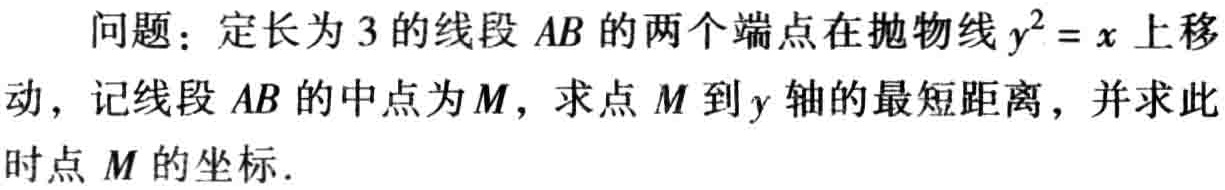
问题：定长为3的线段 \(AB\) 的两个端点在抛物线 \(y^{2}=x\) 上移动，记线段 \(AB\) 的中点为 \(M\)，求点 \(M\) 到 \(y\) 轴的最短距离，并求此时点 \(M\) 的坐标.